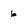
Character: 6